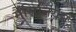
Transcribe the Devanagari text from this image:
मैसिनियन